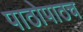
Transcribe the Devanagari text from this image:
पाठोपाठच